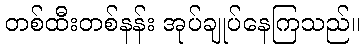
တစ်ထီးတစ်နန်း အုပ်ချုပ်နေကြသည်။